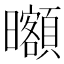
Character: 𣌔